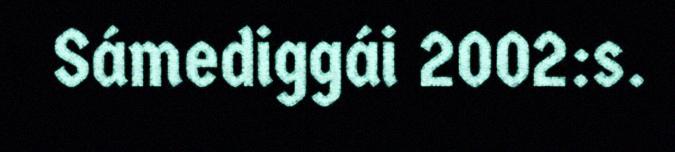
Sámediggái 2002:s.